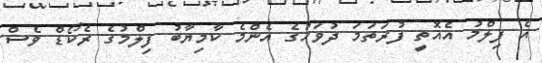
އެ ފިލްމު އެއޮތީ ފުރަތަމަ ދުވަހުގެ އެންމެ ކާމިޔާބު ފިލްމުގެ ރެކޯޑް ވެސް